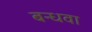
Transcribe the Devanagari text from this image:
बन्धवा